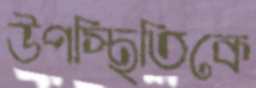
উপস্থিতিকে